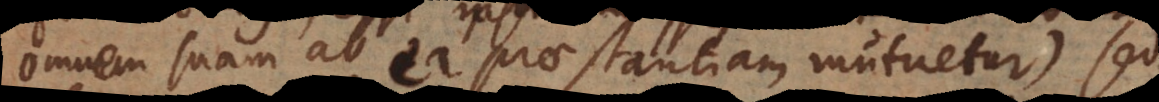
omnem suam ab ea praestantiam mutuetur), sed